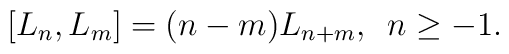
[ L_{n},L_{m}] = (n-m)L_{n+m}, \,\,\, n\geq -1.